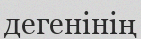
дегенінің